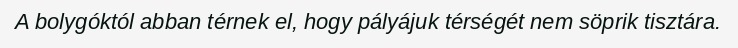
A bolygóktól abban térnek el, hogy pályájuk térségét nem söprik tisztára.